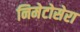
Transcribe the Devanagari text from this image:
निमेटोसेरा